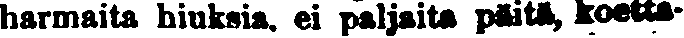
harmaita hiuksia, ei paljaita päitä, koetta-